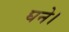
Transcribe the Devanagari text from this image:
घने।